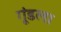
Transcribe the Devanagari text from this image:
गूंडला